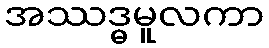
အဿဒ္ဓမူလကာ